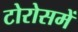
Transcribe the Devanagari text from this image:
टोरोसमें